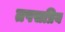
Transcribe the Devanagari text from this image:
तपसप्रिय